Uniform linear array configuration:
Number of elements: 8
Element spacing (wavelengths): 0.25
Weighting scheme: exponential
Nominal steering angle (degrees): -60
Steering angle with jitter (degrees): -61.924
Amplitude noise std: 0.05
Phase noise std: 0.05

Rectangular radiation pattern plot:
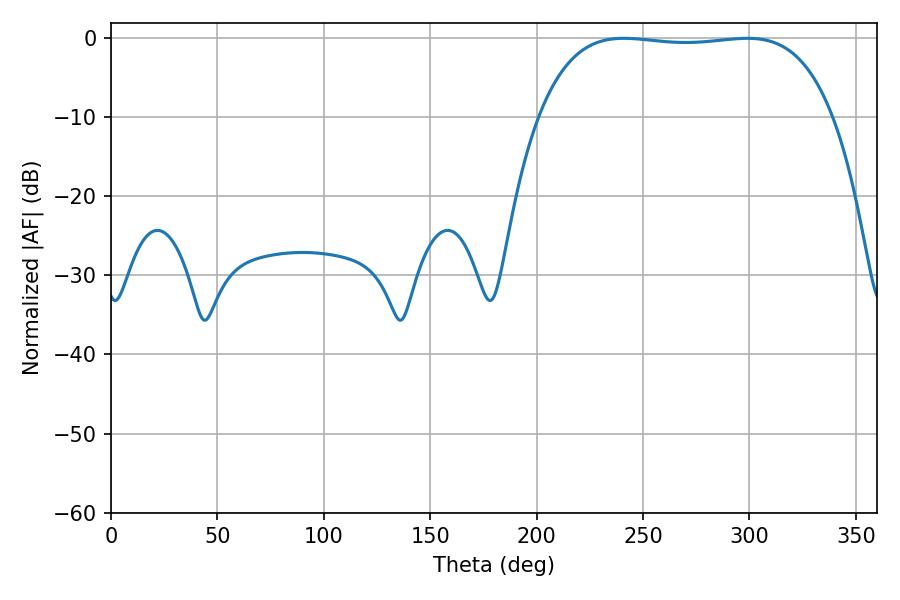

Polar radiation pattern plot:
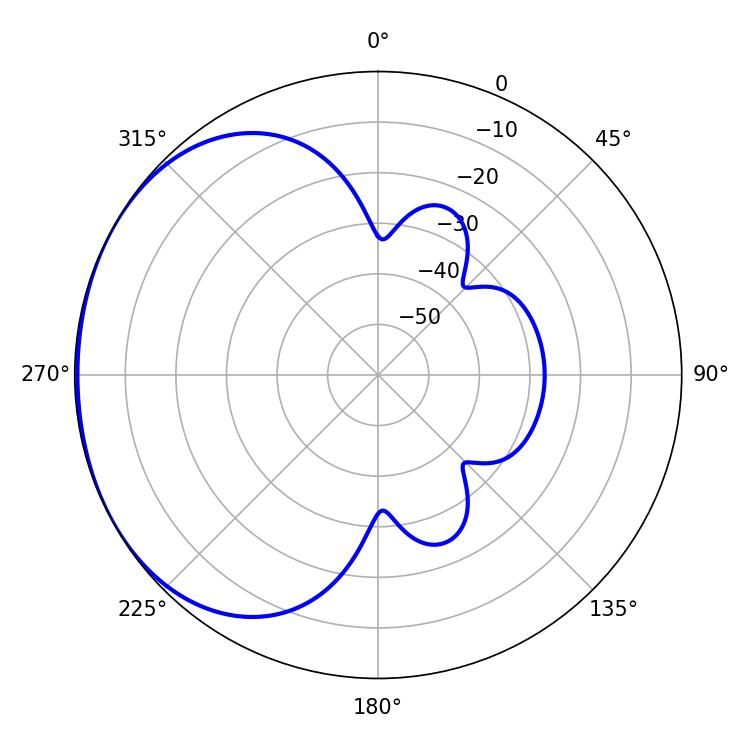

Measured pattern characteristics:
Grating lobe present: FALSE
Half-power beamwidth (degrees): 109.08
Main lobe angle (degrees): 241.02